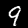
Label: 9